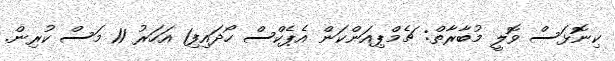
ކިނޮޅަސް ވޮލީ މުބާރާތް: ޗެމްޕިއަންކަން އެޕެކްސް ހޯދައިފި1 އަހަރު 11 މަސް ކުރިން.